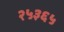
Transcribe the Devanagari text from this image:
२५३६५